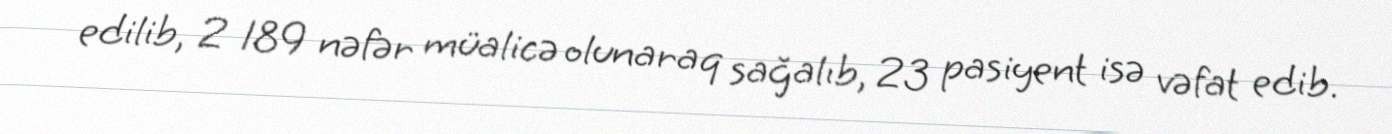
edilib, 2 189 nəfər müalicə olunaraq sağalıb, 23 pasiyent isə vəfat edib.